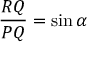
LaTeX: { \frac { R Q } { P Q } } = \sin \alpha